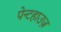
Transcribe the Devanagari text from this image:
पेन्टहाउज़